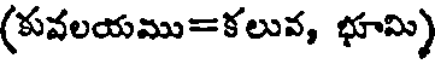
(కువలయము=కలువ, భూమి)